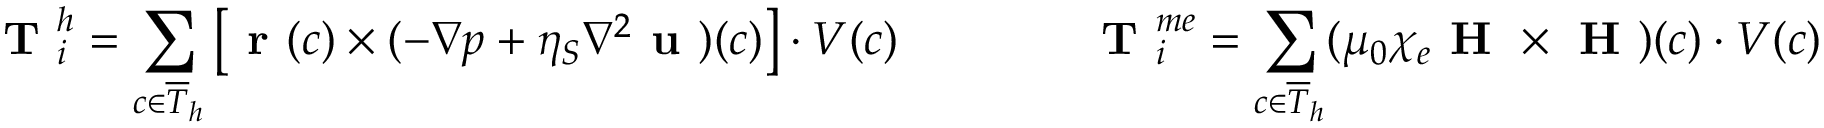
\textbf { T } _ { i } ^ { h } = \sum _ { c \in \overline { { T } } _ { h } } \left[ \textbf { r } ( c ) \times ( - \nabla p + \eta _ { S } \nabla ^ { 2 } \textbf { u } ) ( c ) \right] \cdot V ( c ) \qquad \qquad \textbf { T } _ { i } ^ { m e } = \sum _ { c \in \overline { { T } } _ { h } } ( \mu _ { 0 } \chi _ { e } \textbf { H } \times \textbf { H } ) ( c ) \cdot V ( c )